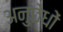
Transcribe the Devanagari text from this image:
अनुछेधों